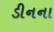
ડીનના